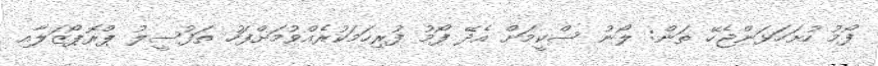
ފޯމު ހުށަހަޅަންޖެހޭ ތަން: ލޯނު ސްކީމަށް އެދޭ ފޯމު ފުރިހަމަކުރެއްވުމަށްފަހު ތަފުސީލު ޕްރޮޕޯޒަލާއި